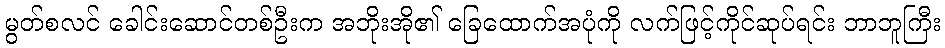
မွတ်စလင် ခေါင်းဆောင်တစ်ဦးက အဘိုးအို၏ ခြေထောက်အပုံကို လက်ဖြင့်ကိုင်ဆုပ်ရင်း ဘာဘူကြီး